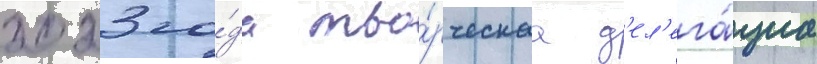
2023 го́да тво́рческаа д'ел'ега́циа